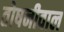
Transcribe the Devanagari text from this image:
तोषनीवाल